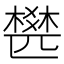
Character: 𣛍